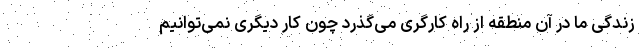
زندگی ما در آن منطقه از راه کارگری می‌گذرد چون کار دیگری نمی‌توانیم